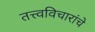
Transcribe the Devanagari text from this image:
तत्त्वविचारांचे